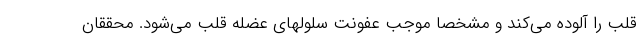
قلب را آلوده می‌کند و مشخصا موجب عفونت سلولهای عضله قلب می‌شود. محققان